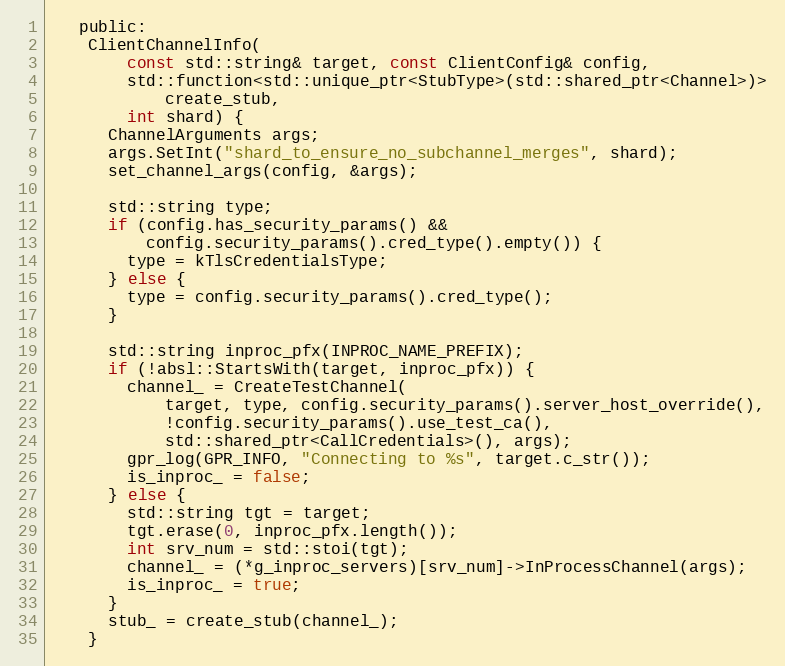
Language: C
   public:
    ClientChannelInfo(
        const std::string& target, const ClientConfig& config,
        std::function<std::unique_ptr<StubType>(std::shared_ptr<Channel>)>
            create_stub,
        int shard) {
      ChannelArguments args;
      args.SetInt("shard_to_ensure_no_subchannel_merges", shard);
      set_channel_args(config, &args);

      std::string type;
      if (config.has_security_params() &&
          config.security_params().cred_type().empty()) {
        type = kTlsCredentialsType;
      } else {
        type = config.security_params().cred_type();
      }

      std::string inproc_pfx(INPROC_NAME_PREFIX);
      if (!absl::StartsWith(target, inproc_pfx)) {
        channel_ = CreateTestChannel(
            target, type, config.security_params().server_host_override(),
            !config.security_params().use_test_ca(),
            std::shared_ptr<CallCredentials>(), args);
        gpr_log(GPR_INFO, "Connecting to %s", target.c_str());
        is_inproc_ = false;
      } else {
        std::string tgt = target;
        tgt.erase(0, inproc_pfx.length());
        int srv_num = std::stoi(tgt);
        channel_ = (*g_inproc_servers)[srv_num]->InProcessChannel(args);
        is_inproc_ = true;
      }
      stub_ = create_stub(channel_);
    }